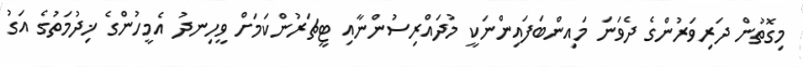
މިގޮތުން ދަރިވަރުންގެ ދެވަނަ މައިންބަފައިންނަކީ މުދައްރިސުންނާއި ޓީޗަރުންކަމަށް ވީހިނދު އެމީހުންގެ ޚިދުމަތުގެ އަގު